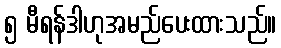
၅ မီရန်ဒါဟုအမည်ပေးထားသည်။